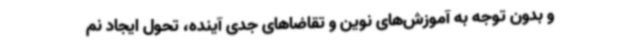
و بدون توجه به آموزش‌های نوین و تقاضاهای جدی آینده، تحول ایجاد نم